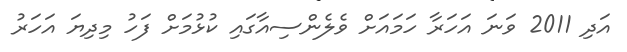
އަދި 2011 ވަނަ އަހަރާ ހަމައަށް ވެލެންސިއާގައި ކުޅުމަށް ފަހު މިދިޔަ އަހަރު